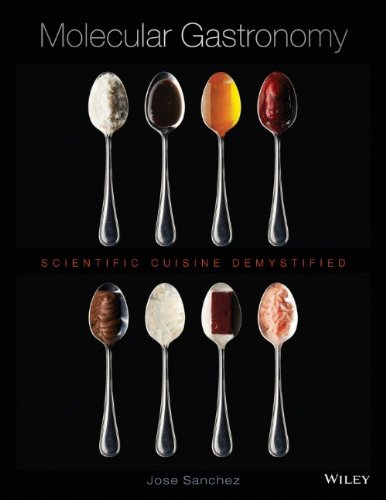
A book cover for Molecular Gastronomy: Scientific Cuisine Demystified; Jose Sanchez; Science & Math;